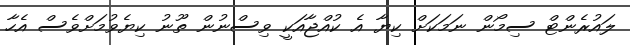
ލައުރެންޓް ސިމޯން ނަމަކަށް ކިޔާ އެ ކުއްޖާއަކީ ވިސްނުން ތޫނު ކިޔެވުމަށްވެސް އެހާ